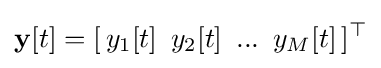
\mathbf {y} [t]=[\,y_{1}[t]\,\ y_{2}[t]\,\ ...\,\ y_{M}[t]\,]^{\top }